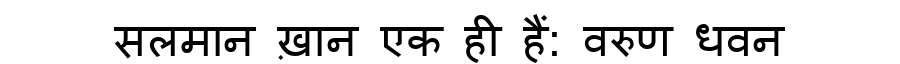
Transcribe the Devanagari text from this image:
सलमान ख़ान एक ही हैं: वरुण धवन